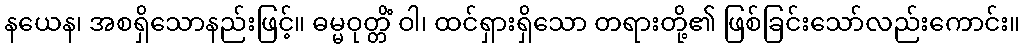
နယေန၊ အစရှိသောနည်းဖြင့်။ ဓမ္မဝုတ္တိံ ဝါ၊ ထင်ရှားရှိသော တရားတို့၏ ဖြစ်ခြင်းသော်လည်းကောင်း။